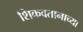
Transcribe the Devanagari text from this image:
शिकवतानाच्या